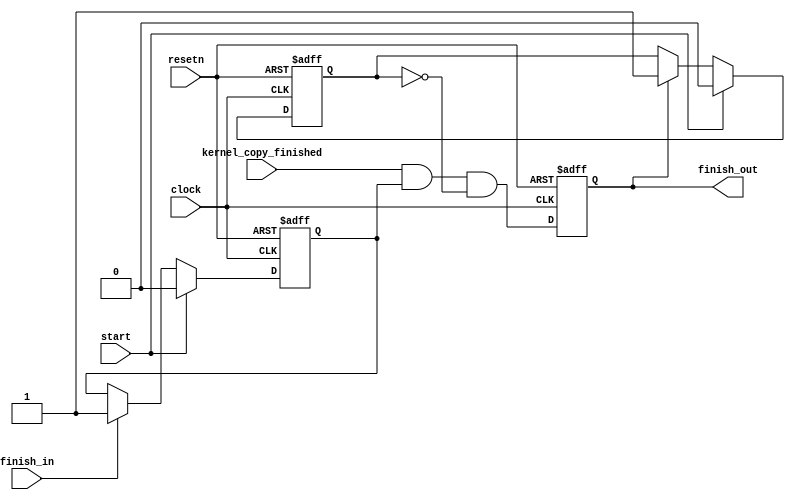
// (C) 1992-2016 Intel Corporation.                            
// Intel, the Intel logo, Intel, MegaCore, NIOS II, Quartus and TalkBack words    
// and logos are trademarks of Intel Corporation or its subsidiaries in the U.S.  
// and/or other countries. Other marks and brands may be claimed as the property  
// of others. See Trademarks on intel.com for full list of Intel trademarks or    
// the Trademarks & Brands Names Database (if Intel) or See www.Intel.com/legal (if Altera) 
// Your use of Intel Corporation's design tools, logic functions and other        
// software and tools, and its AMPP partner logic functions, and any output       
// files any of the foregoing (including device programming or simulation         
// files), and any associated documentation or information are expressly subject  
// to the terms and conditions of the Altera Program License Subscription         
// Agreement, Intel MegaCore Function License Agreement, or other applicable      
// license agreement, including, without limitation, that your use is for the     
// sole purpose of programming logic devices manufactured by Intel and sold by    
// Intel or its authorized distributors.  Please refer to the applicable          
// agreement for further details.                                                 
    


// The final signal chain element generates generates a one-cycle
// pulse on finish_out when the copy it serves has finished and 
// the element before it in the chain generates a pulse
// on the finish_in input.

module acl_finish_signal_chain_element
(
	input clock,
	input resetn,
	input start,

	input kernel_copy_finished,

	input finish_in,
	output reg finish_out
);

	reg prev_has_finished;
	reg finish_out_asserted;

	always @(posedge clock or negedge resetn)
	begin
		if ( ~resetn )
		begin
			prev_has_finished <= 1'b0;
		end
		else if ( start ) 
		begin
			prev_has_finished <= 1'b0;
		end
		else if ( finish_in )
		begin
			prev_has_finished <= 1'b1;
		end
	end

	always @(posedge clock or negedge resetn)
	begin
		if ( ~resetn )
		begin
			finish_out <= 1'b0;
		end
		else
		begin
			finish_out <= kernel_copy_finished & prev_has_finished & ~finish_out_asserted;
		end
	end

	always @(posedge clock or negedge resetn)
	begin
		if ( ~resetn )
		begin
			finish_out_asserted <= 1'b0;
		end
		else if ( start )
		begin
			finish_out_asserted <= 1'b0;
		end
		else if ( finish_out )
		begin
			finish_out_asserted <= 1'b1;
		end
	end
endmodule